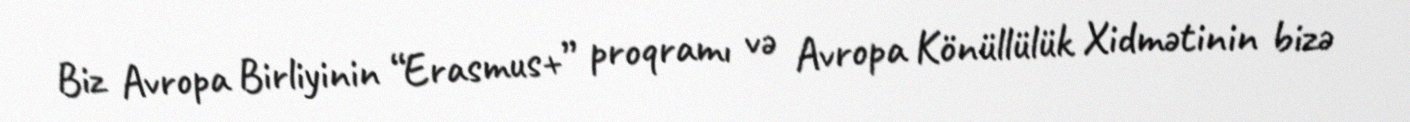
Biz Avropa Birliyinin “Erasmus+” proqramı və Avropa Könüllülük Xidmətinin bizə